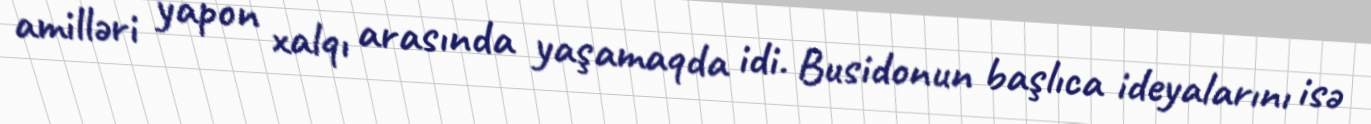
amilləri yapon xalqı arasında yaşamaqda idi. Busidonun başlıca ideyalarını isə